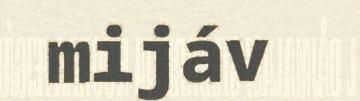
mijáv